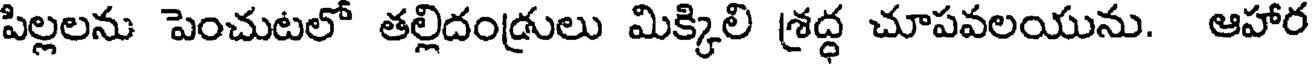
పిల్లలను పెంచుటలో తల్లిదండ్రులు మిక్కిలి శ్రద్ధ చూపవలయును. ఆహార